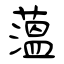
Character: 薀